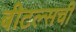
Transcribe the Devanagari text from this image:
बीटल्सची